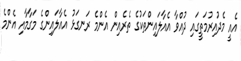
އެއީ މެދުއިރުމަތީގައި ދުއްވާ އެއާލައިންތަކުގެ ތެރެއިން އެންމެ ރަނގަޅު އެއާލައިންގެ މަގާމާއި އެންމެ